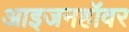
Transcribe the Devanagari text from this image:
आइजनहॉवर